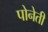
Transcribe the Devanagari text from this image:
पोनेती